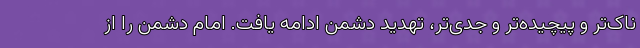
ناک‌تر و پیچیده‌تر و جدی‌تر، تهدید دشمن ادامه یافت. امام دشمن را از